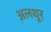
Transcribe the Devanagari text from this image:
अलथूर